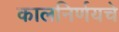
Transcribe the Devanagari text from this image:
कालनिर्णयचे